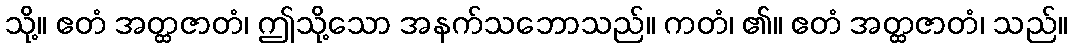
သို့။ ဧတံ အတ္ထဇာတံ၊ ဤသို့သော အနက်သဘောသည်။ ကတံ၊ ၏။ ဧတံ အတ္ထဇာတံ၊ သည်။